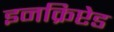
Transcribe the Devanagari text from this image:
इनक्रिप्टेड